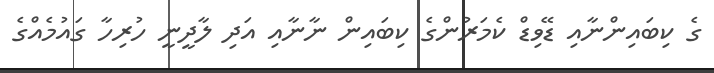
ގެ ކިބައިންނާއި ޑޭވިޑް ކެމަރުންގެ ކިބައިން ނާނާއި އަދި ލާދީނީ ހުރިހާ ގައުމެއްގެ